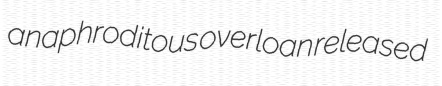
anaphroditous overloan released